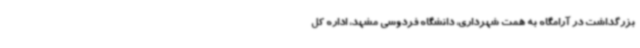
بزرگداشت در آرامگاه به همت شهرداری، دانشگاه فردوسی مشهد، اداره کل